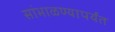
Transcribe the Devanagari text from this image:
सांभाळण्यापर्यंत